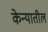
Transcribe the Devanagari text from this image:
केन्यातील